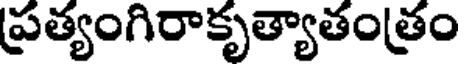
ప్రత్యంగిరాకృత్యాతంత్రం